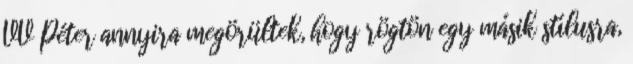
VV Péter annyira megörültek, hogy rögtön egy másik stílusra,